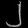
Digit: ၂